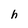
Character: h